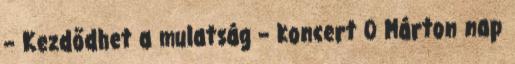
– Kezdődhet a mulatság – koncert 0 Márton nap